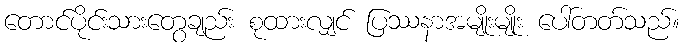
တောင်ပိုင်းသားတွေချည်း စုထားလျှင် ပြဿနာအမျိုးမျိုး ပေါ်တတ်သည်။